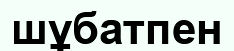
шұбатпен